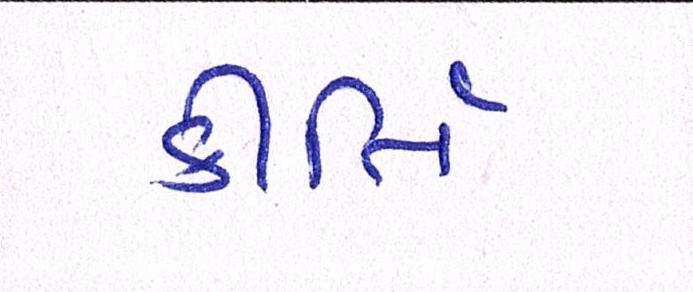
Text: કીર્તિ